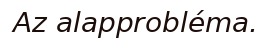
Az alapprobléma.